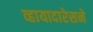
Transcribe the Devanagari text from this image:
व्हायादारेसने